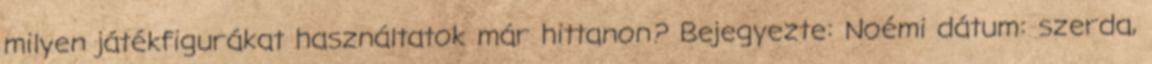
milyen játékfigurákat használtatok már hittanon? Bejegyezte: Noémi dátum: szerda,